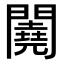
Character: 𨷁